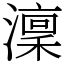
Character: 澟